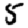
Digit: 5